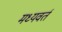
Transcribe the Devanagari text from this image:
मध्यवर्त